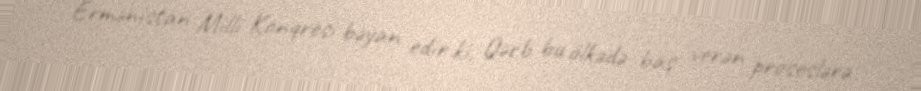
Ermənistan Milli Konqresi bəyan edir ki, Qərb bu ölkədə baş verən proseslərə